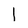
Character: I